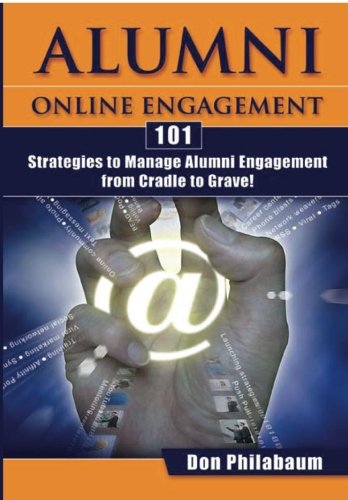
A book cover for Alumni Online Engagement; Don Philabaum; Health, Fitness & Dieting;